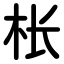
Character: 枨